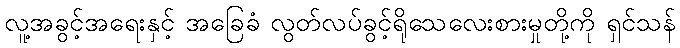
လူ့အခွင့်အရေးနှင့် အခြေခံ လွတ်လပ်ခွင့်ရိုသေလေးစားမှုတို့ကို ရှင်သန်